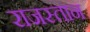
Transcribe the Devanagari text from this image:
राजस्तान